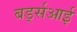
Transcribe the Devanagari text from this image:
बर्ड्सआई